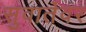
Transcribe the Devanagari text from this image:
सुवार्तेवर